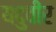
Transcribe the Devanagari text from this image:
यदुवीर